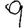
Digit: 9